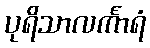
ပုရိသာလင်္ကာရံ